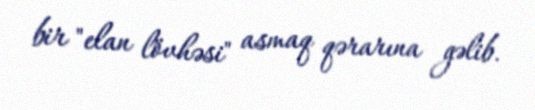
bir "elan lövhəsi" asmaq qərarına gəlib.